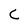
Character: C